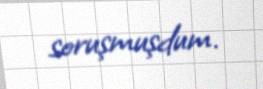
soruşmuşdum.